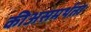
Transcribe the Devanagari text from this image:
कीअसमर्थता